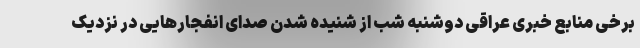
برخی منابع خبری عراقی دوشنبه شب از شنیده شدن صدای انفجارهایی در نزدیک